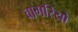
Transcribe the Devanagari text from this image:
वागरियो